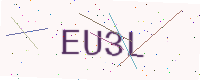
Text: EU3L